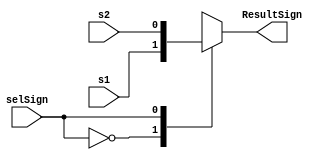
module muxSign(input s1, input s2, input selSign, output reg ResultSign);
	always @ (s1 or s2 or selSign)
	begin
		case (selSign)
			0:
			begin
				ResultSign=s1;
			end
			1:
			begin
				ResultSign=s2;
			end
		endcase
	end
endmodule